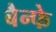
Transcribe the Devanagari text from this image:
बैन्फे